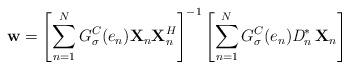
LaTeX: \begin{align*}\textbf{w} = \left [ \sum_{n=1}^{N} G^{C}_{\sigma}(e_{n})\textbf{X}_{n}\textbf{X}_{n}^{H} \right ]^{-1} \left [ \sum_{n=1}^{N} G^{C}_{\sigma}(e_{n})\textit{D}_{n}^{*}\,\textbf{X}_{n} \right ]\end{align*}